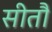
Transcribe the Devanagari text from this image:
सीतौ